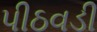
પીઠવડી